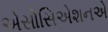
એસોસિએશનએ